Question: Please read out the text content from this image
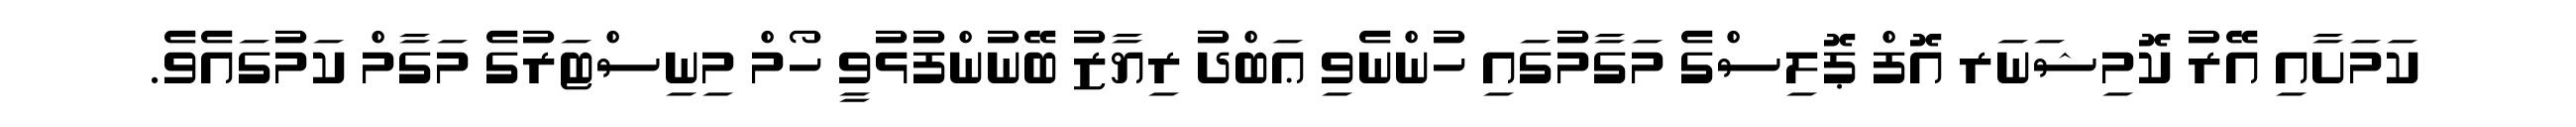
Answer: ކަމަށާއި އޭރު ކޮމިޝަނަރ އޮފް ޕޮލިސްގެ މަގާމުގައި ހުންނެވި ޢަބްދު ރިޔާޒު ބޭނުންފުޅުވީ ހޯމް މިނިސްޓަރުގެ މަގާމް ކަމުގައެވެ.